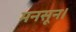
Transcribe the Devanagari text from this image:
मनसून।